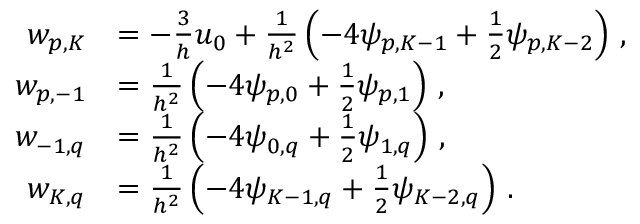
\begin{array} { r l } { w _ { p , K } } & { = - \frac { 3 } { h } u _ { 0 } + \frac { 1 } { h ^ { 2 } } \left( - 4 \psi _ { p , K - 1 } + \frac { 1 } { 2 } \psi _ { p , K - 2 } \right) \, , } \\ { w _ { p , - 1 } } & { = \frac { 1 } { h ^ { 2 } } \left( - 4 \psi _ { p , 0 } + \frac { 1 } { 2 } \psi _ { p , 1 } \right) \, , } \\ { w _ { - 1 , q } } & { = \frac { 1 } { h ^ { 2 } } \left( - 4 \psi _ { 0 , q } + \frac { 1 } { 2 } \psi _ { 1 , q } \right) \, , } \\ { w _ { K , q } } & { = \frac { 1 } { h ^ { 2 } } \left( - 4 \psi _ { K - 1 , q } + \frac { 1 } { 2 } \psi _ { K - 2 , q } \right) \, . } \end{array}